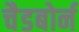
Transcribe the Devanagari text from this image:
चैडबोर्न